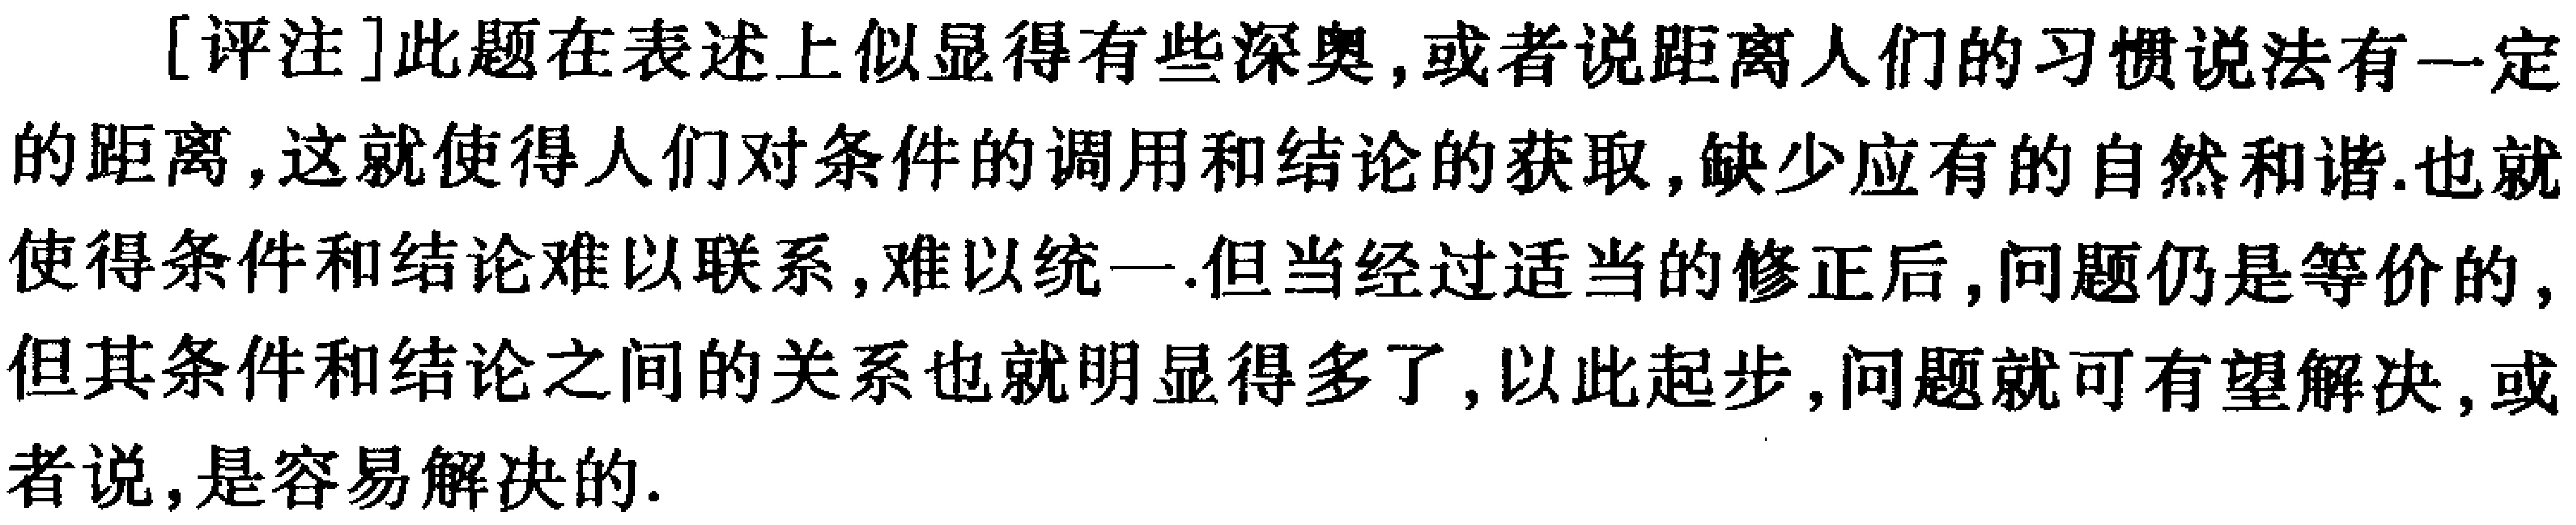
[评注]此题在表述上似显得有些深奥,或者说距离人们的习惯说法有一定的距离,这就使得人们对条件的调用和结论的获取,缺少应有的自然和谐.也就使得条件和结论难以联系,难以统一.但当经过适当的修正后,问题仍是等价的,但其条件和结论之间的关系也就明显得多了,以此起步,问题就可有望解决,或者说,是容易解决的.